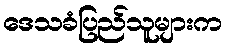
ဒေသခံပြည်သူများက